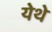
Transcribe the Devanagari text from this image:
येेथे